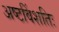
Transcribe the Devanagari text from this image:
अष्टविंशतिः